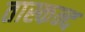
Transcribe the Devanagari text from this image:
तास्कन्द